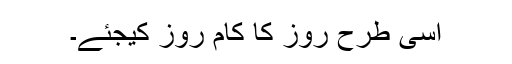
اسی طرح روز کا کام روز کیجئے۔